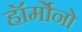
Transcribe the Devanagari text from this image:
हॉर्मोनो